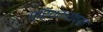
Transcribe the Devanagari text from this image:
प्रियकरांच्या